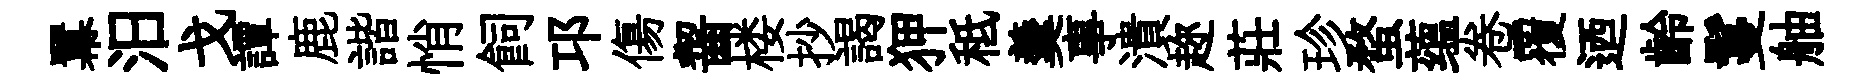
羃汨戈譚鹿諧悄飼邛傷齧楼抄謁狎秪羹事潰趂莊珍蝥蕴卷覆迺齡鬘舳